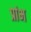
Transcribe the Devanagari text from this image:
प्रांभ